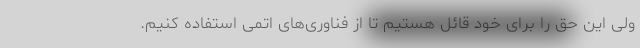
ولی این حق را برای خود قائل هستیم تا از فناوری‌های اتمی استفاده کنیم.